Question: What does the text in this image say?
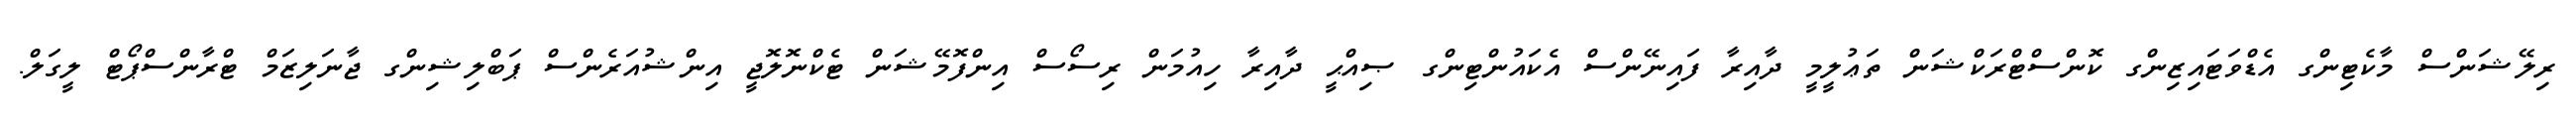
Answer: ރިލޭޝަންސް މާކެޓިންގ އެޑްވަޓައިޒިންގ ކޮންސްޓްރަކްޝަން ތަޢުލީމީ ދާއިރާ ފައިނޭންސް އެކައުންޓިންގ ޞިއްޙީ ދާއިރާ ހިއުމަން ރިސޯސް އިންފޮމޭޝަން ޓެކްނޮލޮޖީ އިންޝުއަރެންސް ޕަބްލިޝިންގ ޖާނަލިޒަމް ޓްރާންސްޕޯޓް ލީގަލް.